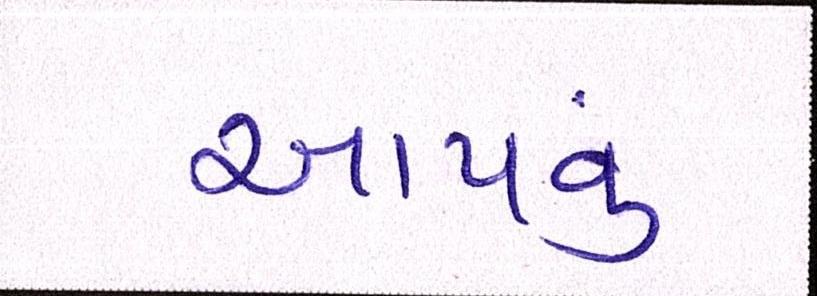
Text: આપવું